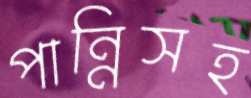
পান্নিসহ